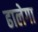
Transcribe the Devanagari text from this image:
ढालेगा